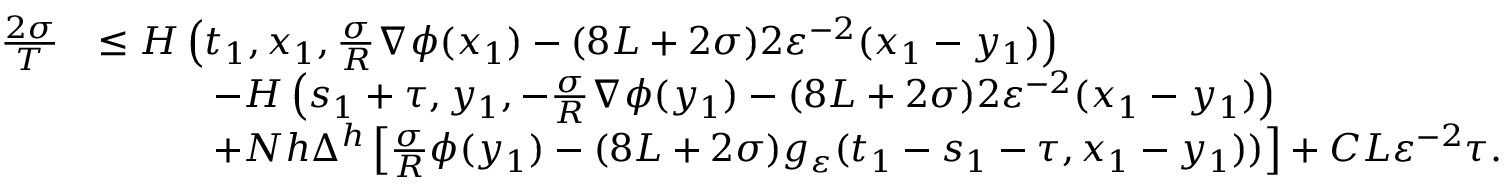
\begin{array} { r l } { \frac { 2 \sigma } { T } } & { \leq H \left( t _ { 1 } , x _ { 1 } , \frac \sigma { R } \nabla \phi ( x _ { 1 } ) - ( 8 L + 2 \sigma ) 2 \varepsilon ^ { - 2 } ( x _ { 1 } - y _ { 1 } ) \right) } \\ & { \qquad \quad - H \left( s _ { 1 } + \tau , y _ { 1 } , - \frac \sigma { R } \nabla \phi ( y _ { 1 } ) - ( 8 L + 2 \sigma ) 2 \varepsilon ^ { - 2 } ( x _ { 1 } - y _ { 1 } ) \right) } \\ & { \qquad \quad + N h \Delta ^ { h } \left[ \frac { \sigma } { R } \phi ( y _ { 1 } ) - ( 8 L + 2 \sigma ) g _ { \varepsilon } ( t _ { 1 } - s _ { 1 } - \tau , x _ { 1 } - y _ { 1 } ) ) \right] + C L \varepsilon ^ { - 2 } \tau . } \end{array}